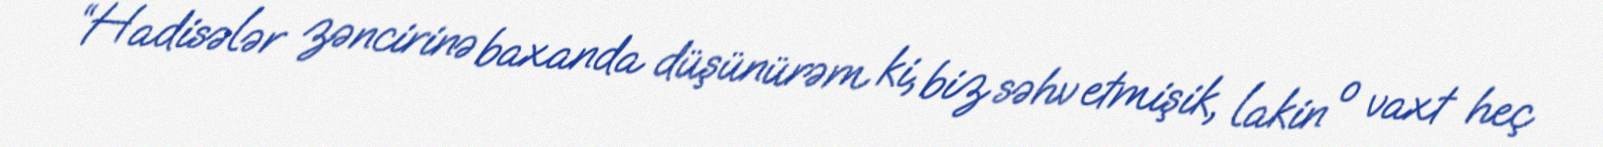
“Hadisələr zəncirinə baxanda düşünürəm ki, biz səhv etmişik, lakin o vaxt heç